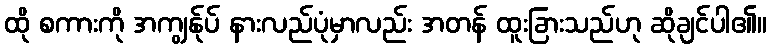
ထို စကားကို အကျွန်ုပ် နားလည်ပုံမှာလည်း အတန် ထူးခြားသည်ဟု ဆိုချင်ပါ၏။